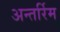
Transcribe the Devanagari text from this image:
अन्तर्रिम